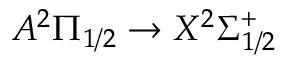
A ^ { 2 } \Pi _ { 1 / 2 } \rightarrow X ^ { 2 } \Sigma _ { 1 / 2 } ^ { + }